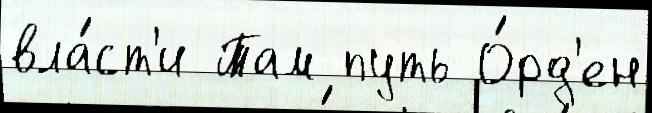
вла́ст'и Там путь О́рд'ен